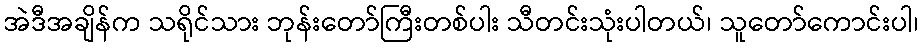
အဲဒီအချိန်က သရိုင်သား ဘုန်းတော်ကြီးတစ်ပါး သီတင်းသုံးပါတယ်၊ သူတော်ကောင်းပါ၊